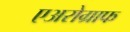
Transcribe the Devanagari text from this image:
एअरोग्राफ